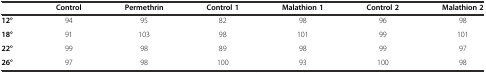
<table><thead><tr><td></td><td><b>Control</b></td><td><b>Permethrin</b></td><td><b>Control 1</b></td><td><b>Malathion 1</b></td><td><b>Control 2</b></td><td><b>Malathion 2</b></td></tr></thead><tbody><tr><td><b>12°</b></td><td>94</td><td>95</td><td>82</td><td>98</td><td>96</td><td>98</td></tr><tr><td><b>18°</b></td><td>91</td><td>103</td><td>98</td><td>101</td><td>99</td><td>101</td></tr><tr><td><b>22°</b></td><td>99</td><td>98</td><td>89</td><td>98</td><td>99</td><td>97</td></tr><tr><td><b>26°</b></td><td>97</td><td>98</td><td>100</td><td>93</td><td>100</td><td>98</td></tr></tbody></table>